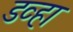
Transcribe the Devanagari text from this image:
डव्हा